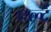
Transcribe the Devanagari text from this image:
एल्द्रे